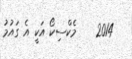
2014    މެކްސިކޯ އަކީ އެ ގައުމު